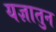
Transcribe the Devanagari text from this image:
यज्ञातुन